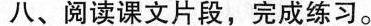
八、阅读课文片段，完成练习。